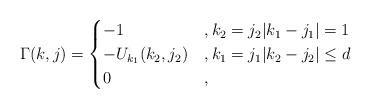
LaTeX: \begin{align*}\Gamma(k,j)=\begin{cases}-1& , k_2=j_2 |k_1-j_1|=1\\-U_{k_1}(k_2,j_2)&, k_1=j_1 |k_2-j_2|\le d\\0&, \end{cases}\end{align*}